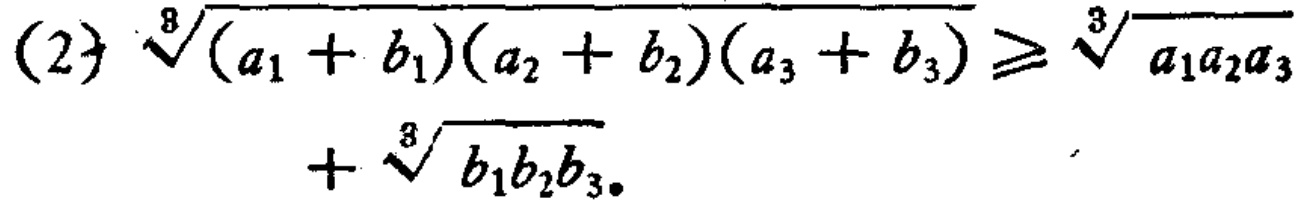
(2) $\sqrt[8]{(a_{1} + b_{1})(a_{2} + b_{2})(a_{3} + b_{3})} \geq \sqrt[3]{a_{1}a_{2}a_{3}} + \sqrt[3]{b_{1}b_{2}b_{3}}$